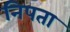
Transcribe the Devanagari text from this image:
निपता